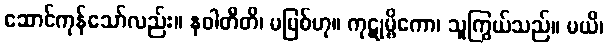
ဆောင်ကုန်သော်လည်း။ နဝါတီတိ၊ မမြစ်ဟု။ ကုဋုမ္ဗိကော၊ သူကြွယ်သည်။ မယိ၊